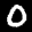
Label: 0